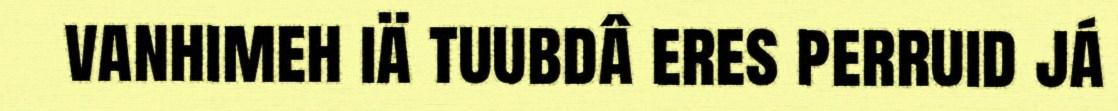
vanhimeh iä tuubdâ eres perruid já